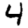
Digit: 4